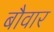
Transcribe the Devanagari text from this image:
बौवार